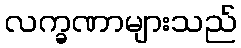
လက္ခဏာများသည်